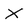
Character: X